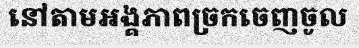
នៅតាមអង្គភាពច្រកចេញចូល